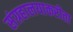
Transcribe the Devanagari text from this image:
संग्रहालयाकरीता